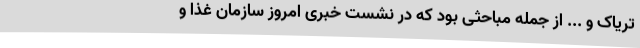
تریاک و ... از جمله مباحثی بود که در نشست خبری امروز سازمان غذا و